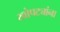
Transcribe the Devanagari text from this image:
खोपट्यांना